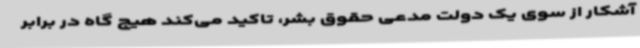
آشکار از سوی یک دولت مدعی حقوق بشر، تاکید می‌کند هیچ گاه در برابر